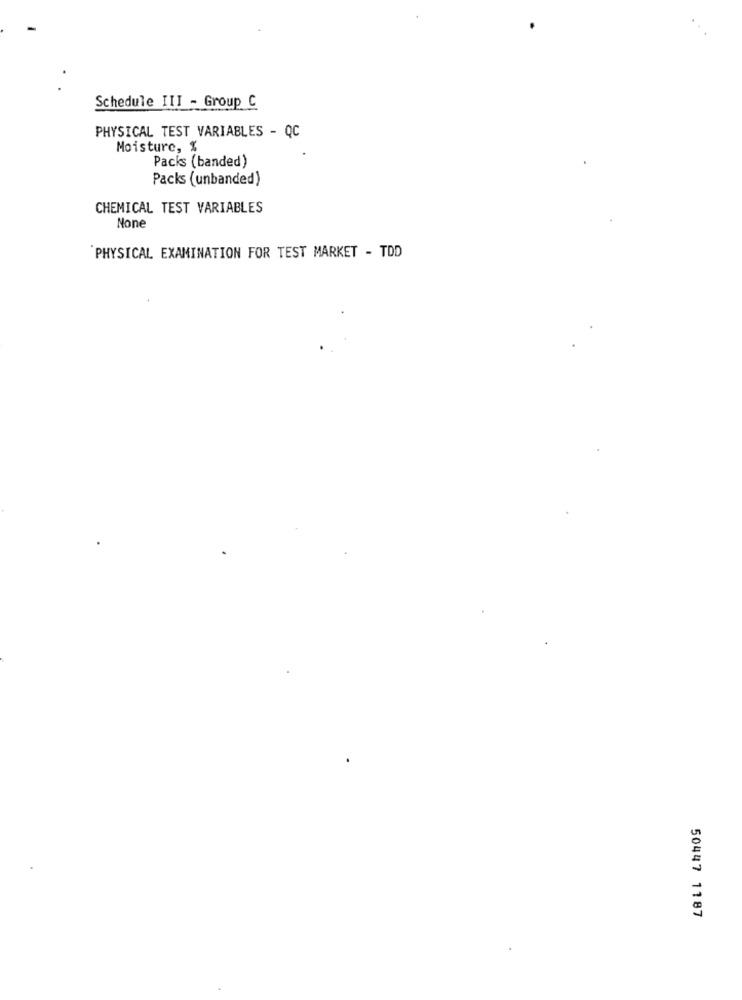
Schedule III - Group C
PHYSICAL TEST VARIABLES - QC
Moisture, %
Packs (banded)
Packs (unbanded)
CHEMICAL TEST VARIABLES
PHYSICAL EXAMINATION FOR TEST MARKET - TDD
50447 1187